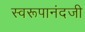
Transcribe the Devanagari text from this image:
स्वरूपानंदजी